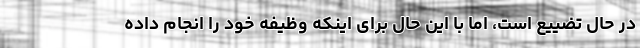
در حال تضییع است، اما با این حال برای اینکه وظیفه خود را انجام داده